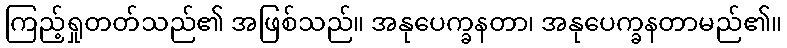
ကြည့်ရှုတတ်သည်၏ အဖြစ်သည်။ အနုပေက္ခနတာ၊ အနုပေက္ခနတာမည်၏။